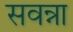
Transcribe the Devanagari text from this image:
सवन्ना